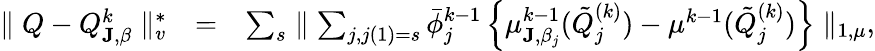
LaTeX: \begin{array}{rlr}{\parallel Q-Q_{{\mathbf J},\beta}^{k}\parallel_{v}^{*}}&{=}&{\sum_{s}\parallel\sum_{j,j(1)=s}\bar{\phi}_{j}^{k-1}\left\{ \mu_{{\mathbf J},\beta_{j}}^{k-1}(\tilde{Q}_{j}^{(k)})-\mu^{k-1}(\tilde{Q}_{j}^{(k)})\right\} \parallel_{1,\mu},}\end{array}